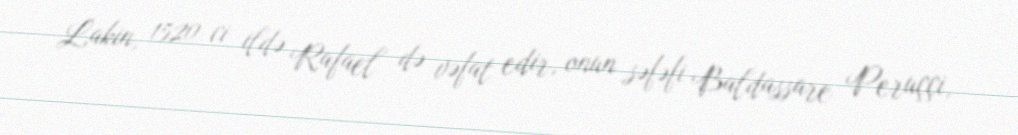
Lakin, 1520-ci ildə Rafael də vəfat edir, onun səfəfi Baldassare Peruççi,